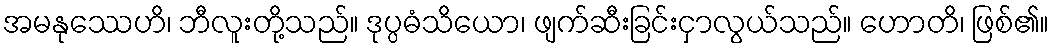
အမနုဿေဟိ၊ ဘီလူးတို့သည်။ ဒုပ္ပဓံသိယော၊ ဖျက်ဆီးခြင်းငှာလွယ်သည်။ ဟောတိ၊ ဖြစ်၏။